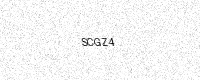
Text: SCGZ4